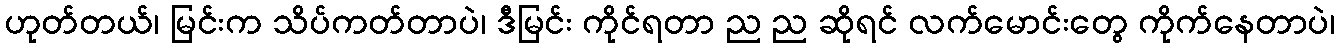
ဟုတ်တယ်၊ မြင်းက သိပ်ကတ်တာပဲ၊ ဒီမြင်း ကိုင်ရတာ ည ည ဆိုရင် လက်မောင်းတွေ ကိုက်နေတာပဲ၊